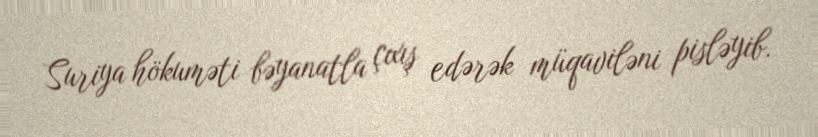
Suriya hökuməti bəyanatla çıxış edərək müqaviləni pisləyib.